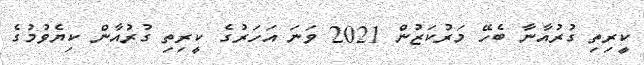
ކީރިތި ގުރުއާނާ ބެހޭ މަރުކަޒުން 2021 ވަނަ އަހަރުގެ ކީރިތި ގުރުއާން ކިޔެވުމުގެ